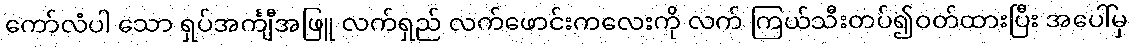
ကော်လံပါ သော ရှပ်အင်္ကျီအဖြူ လက်ရှည် လက်ဖောင်းကလေးကို လက် ကြယ်သီးတပ်၍ဝတ်ထားပြီး အပေါ်မှ